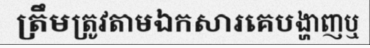
ត្រឹមត្រូវតាមឯកសារគេបង្ហាញឬ